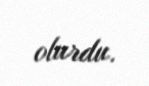
olurdu.